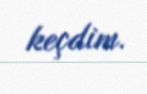
keçdim.